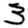
Digit: 3